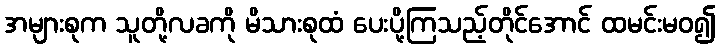
အများစုက သူတို့လခကို မိသားစုထံ ပေးပို့ကြသည့်တိုင်အောင် ထမင်းမဝ၍